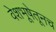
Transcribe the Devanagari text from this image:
वेशभूषेतूनच